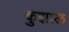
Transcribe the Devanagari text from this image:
कुझाल